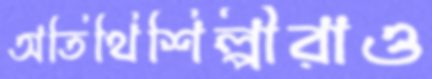
অতিথিশিল্পীরাও